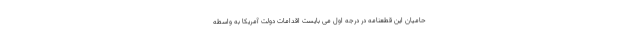
حامیان این قطعنامه در درجه اول می بایست اقدامات دولت آمریکا به واسطه